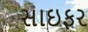
સાઇફર